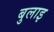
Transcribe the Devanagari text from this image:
बुलाइ